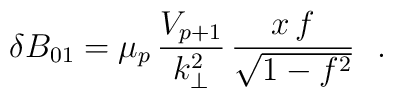
\delta B_{01}= {\mu_p}\,\frac{V_{p+1} }{k_{\bot}^{2}}\,\frac{ x\,f }{\sqrt{1 - f^2}}~~.